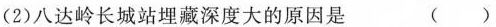
(2)八达岭长城站埋藏深度大的原因是 ()